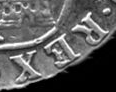
REX